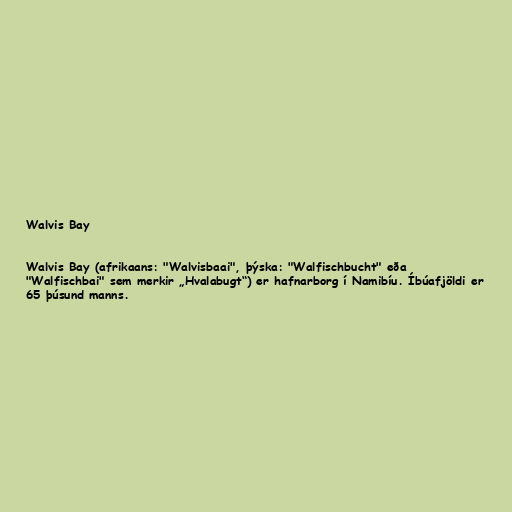
Walvis Bay

Walvis Bay (afrikaans: "Walvisbaai", þýska: "Walfischbucht" eða
"Walfischbai" sem merkir „Hvalabugt“) er hafnarborg í Namibíu. Íbúafjöldi er
65 þúsund manns.